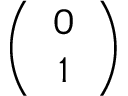
\left( \begin{array} { c } { 0 } \\ { 1 } \end{array} \right)